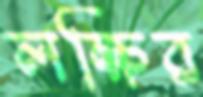
লক্ষির